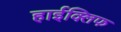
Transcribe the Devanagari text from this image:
हाईक्लिफ